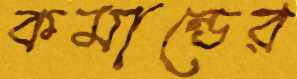
কমান্ডের